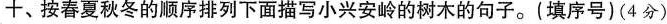
十、按春夏秋冬的顺序排列下面描写小兴安岭的树木的句子。(填序号) (4分)